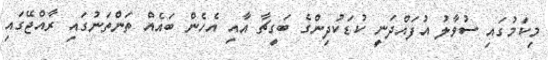
މިކަމުގައި ސުވާލު އުފައްދަނީ ކުޑަކުދިންގެ ބަގީޗާ އާއި އެހެން ބައެއް ތަންތަނުގައި ރާއްޖޭގައި